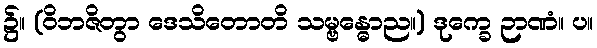
၌။ (ဝိဘဇိတွာ ဒေသိတောတိ သမ္ဗန္ဓောည။) ဒုက္ခေ ဉာဏံ။ ပ။